Heimtali_vallavalitsus, lk 46
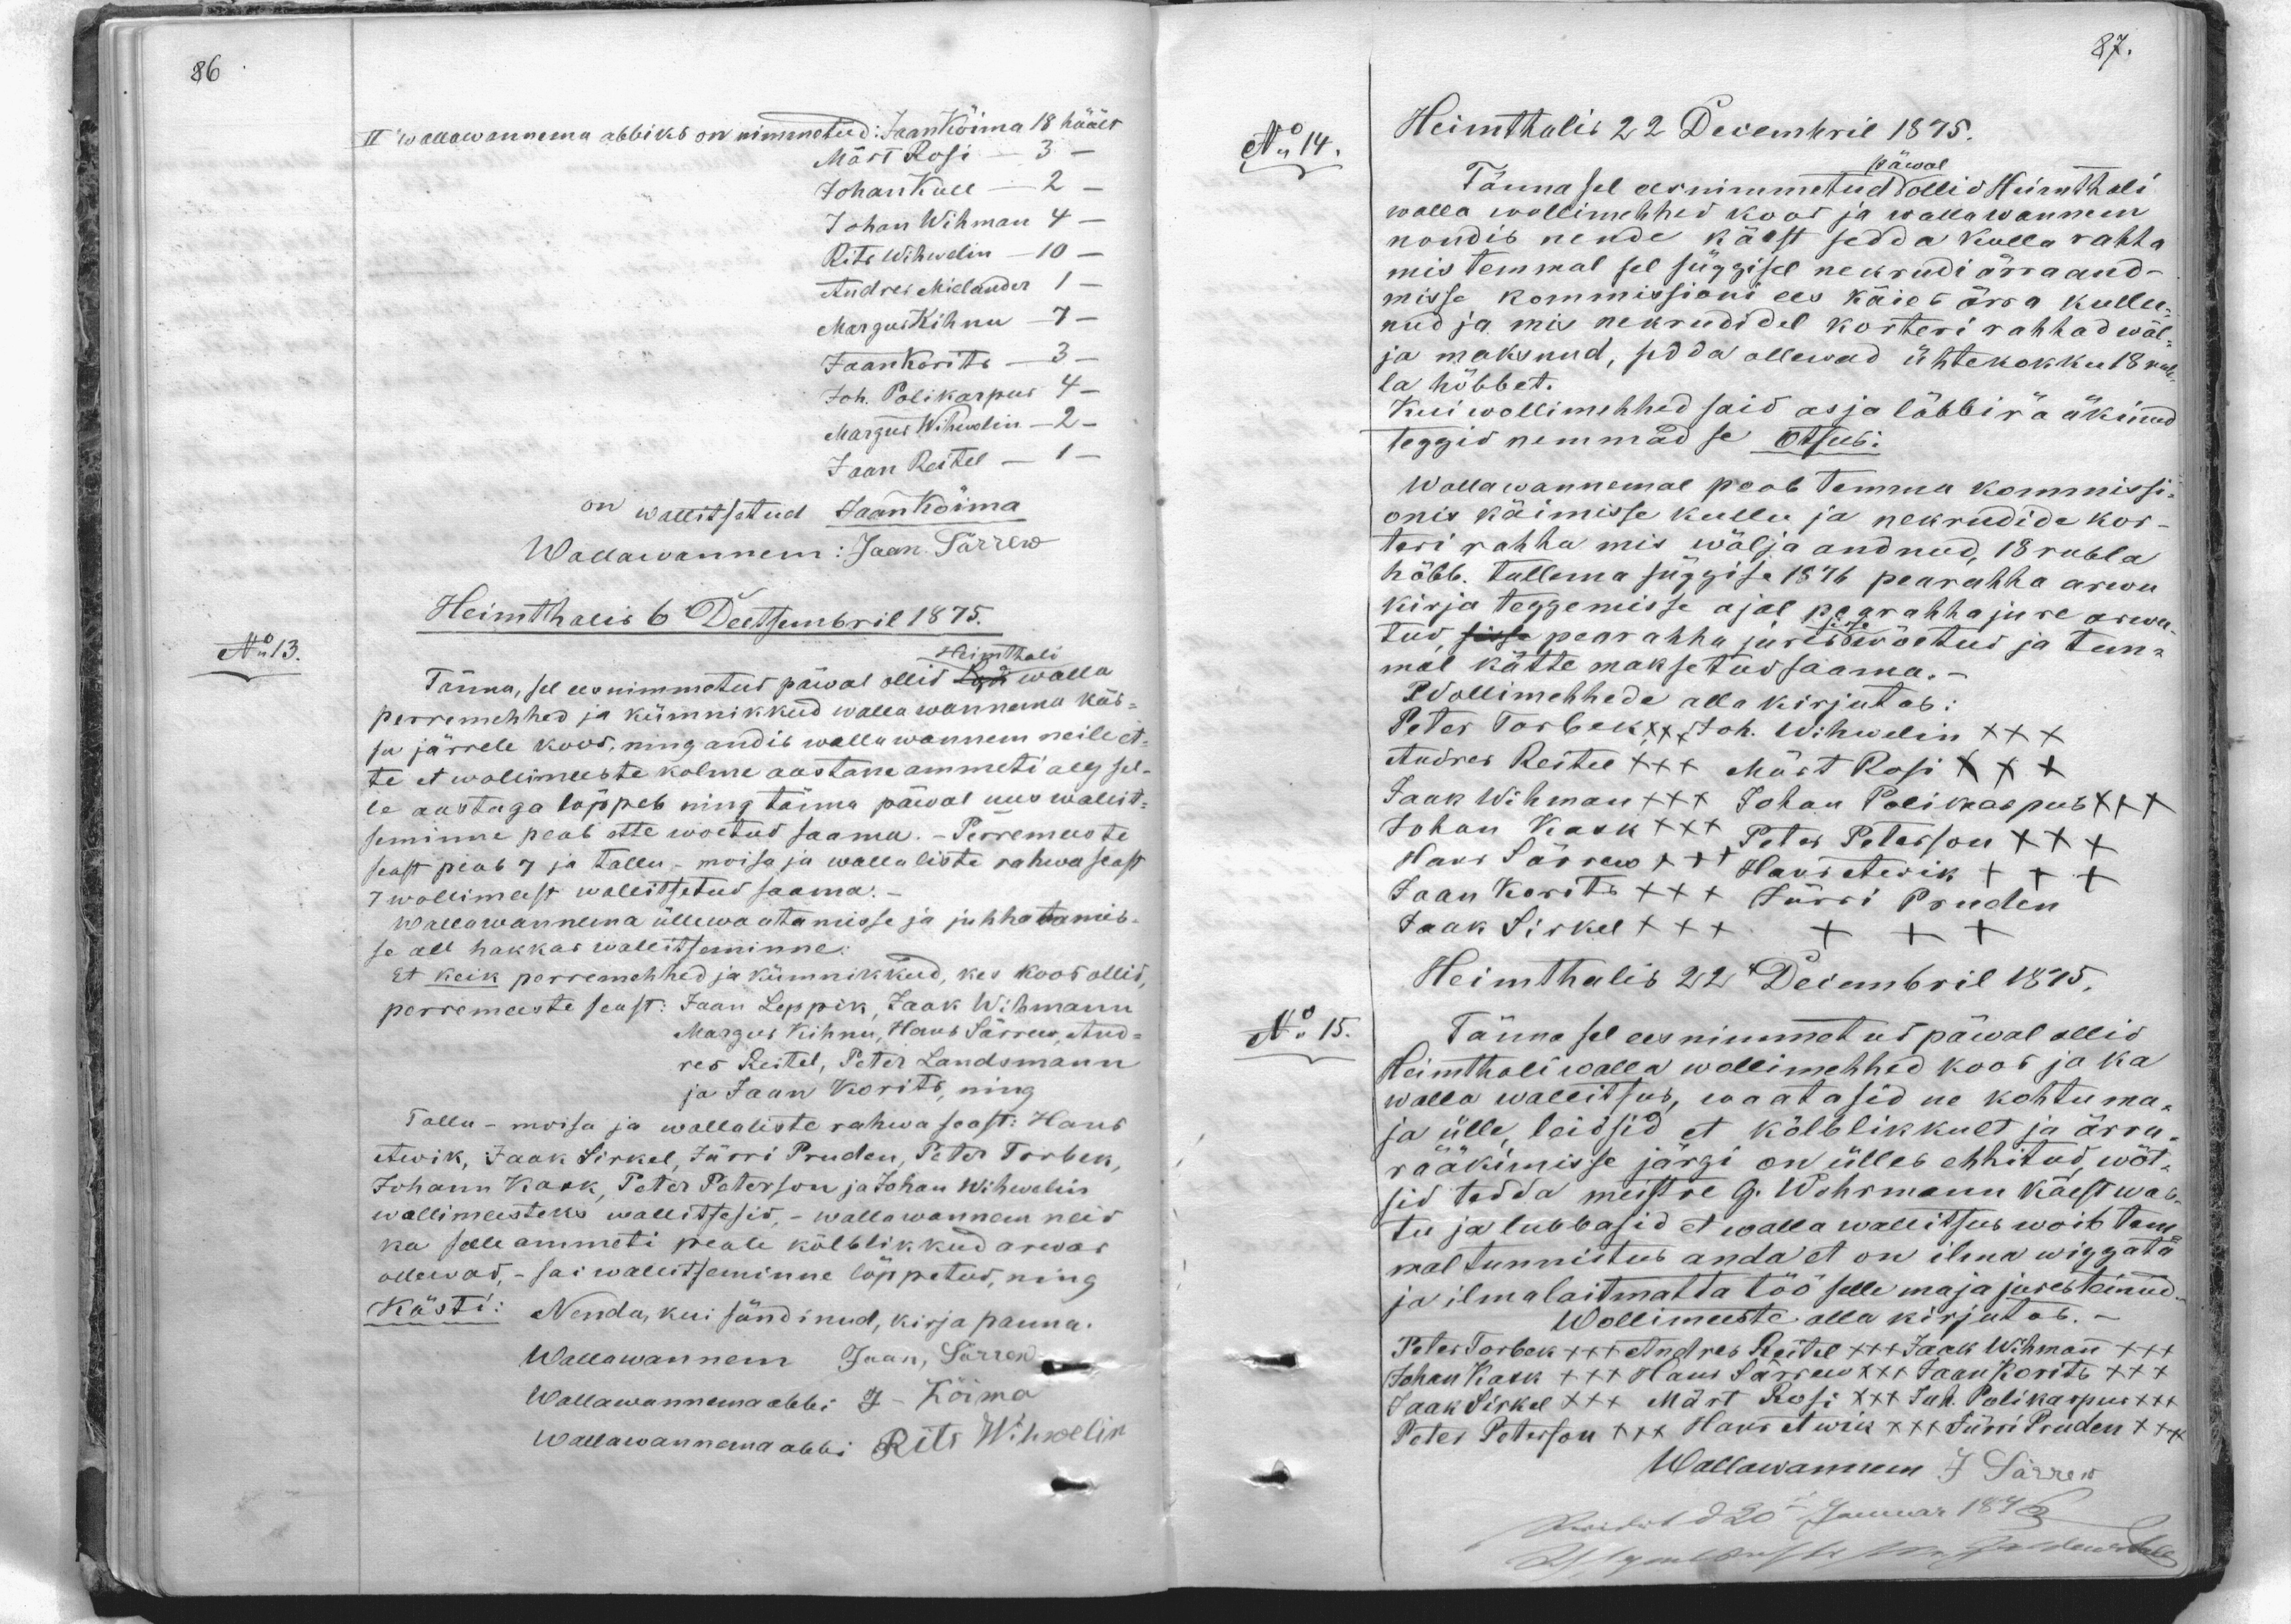
II wallawannema abbiks on nimmetud: Jaan Kõima 18 häält
Märt Rosi - 3 -
Johan Kull - 2
Johan Wihman 4 -
Rits Wihwelin - 10 -
Andrei Mielander 1 -
Margus Kihnu 7
Jaan Korits - 3
Joh. Polikarpus 4-
Margus Wihwelin - 2 -
Jaan Reitel - 1 -
on wallitsetud Jaan Kõima
Wallawannem: Jaan Särrew
Heimthalis 6 Deetsembril 1875.
No 13.
Tänna, sel ees nimmatud päwal ollid Heimthali walla
perremehhed ja kümnikkud walla wannema käs-
su järrele koos, ning andis walla wannem neile et-
te et wollimeeste kolme aastane ammeti aeg sel-
le aastaga lõppeb ning toima päeval uus walit-
seminni peab ette woetud saama. Perremeeste
seast peab 7 ja tallu, moisa ja wallaliste rahwa seast
7 wollimeest wallitsetud saama.
Wallawannema üllewaatamisse ja juhhatamis-
se all hakkas wallitseminne.
Et keik perremehhed ja kümnikkud, kes koos ollid,
perremeeste seast: Jaan Leppik, Jaak Wihmann
Margus Kihnu, Hans Särrew, And-
res Reitel, Peter Landmann
ja Jaan Korits, ning
Tallu - moisa ja wallaliste rahwa seast: Hans
Awik, Jaak Sirkel, Jürri Truden, Peter Torbek,
Johann Kask, Peter Peterson ja Johan Wihwellin
wallimeesteks wallitsesid, - wallawannem neid
ka selle ammeti peale kõlblikkud arwas
olliwad, - sai wallitseminne lõppetud, ning
Kästi: Nenda, kui sündinud, kirja panna.
Wallawannem Jaan, Särrew
Wallawanemaabbi J. Kõima
Wallawanema abbi Rits Wihwelin

Heimthalis 22 Desembril 1875.
No: 14.
päwal
Tännasel eesnimmetud ollid Heimthali
walla wollimehhed koos ja wallawanem
noudis nende käest sedda kulla rahha
mis temmal sel süggisel nekrudi ärra and-
misse kommissioni ees käies ärra kullu-
nud ja mis nekrudidel korteri rahhad wäl-
ja maksnud, sedda ollewad ühtekokku 18 rub-
la hõbbet.
Kui wollimehhed said asja läbbi rääkinud
teggis nemmad se Otsus:
Wallawannemal peab temma kommissi-
onis käimisse kullu ja nekrudide kor-
teri rahha mis wälja andnud, 18 rubla
hõbb. tullema süggise 1876 pearahha arwu
kirja teggemisse ajal pearahha jure arwu-
tud sisse pearahha jures wõetud ja tem-
mal kätte maksetus saama.
Wollimehhede alla kirjutas:
Peter Torbek xxx Joh. Wihwelin XXX
Andrei Reitel +++ Märt Rosi XXX
Jaak Wihman +++ Johan Polikarpus +++
Johan Kask xxx Peter Peterson +++
Hans Särrew +++ Hans Awik XXX
Jaan Korits XXX Jürri Trudin
Jaak Sirkel +++
Heimthalis 22 Desembril 1875.
No 15.
Tänna sel eesnimmetud päwal ollid
Heimthali walla wollimehhed koos ja ka
walla walitsus, waatasid ne kohtuma-
ja ülle leidsid et kõlblikkult ja ärra,
rääkimisse järgi on ülles ehhitud, wõt-
sid tedda meistre G. Wohrmann käest was-
tu ja lubbasid et walla wallitsus wõib tem-
mal tunnistus anda et on ilma wiggata
ja ilma laitmatta töö selle maja jures teinud
Wollimeeste alla kirjutab.
Peter Torbek +++ Andres Reitel XXX Jaak Wihman +++
Johan Kask +++ Hans Särrew +++ Jaan Korits +++
Jaak Sirkel XXX Märt Rosi XXX Joh. Polikaprus XXX
Peter Peterson +++ Hans Awik XXX Jürri Truden +++
Wallawanem J Särrew
Heimthalis 20" Januar 1876
Asigeülduste põh. Jaidewale